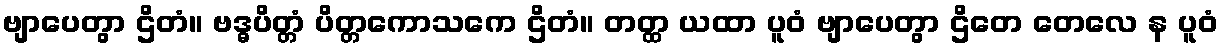
ဗျာပေတွာ ဌိတံ။ ဗဒ္ဓပိတ္တံ ပိတ္တကောသကေ ဌိတံ။ တတ္ထ ယထာ ပူဝံ ဗျာပေတွာ ဌိတေ တေလေ န ပူဝံ